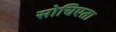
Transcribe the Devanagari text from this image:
सोचिएता